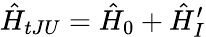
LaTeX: \hat{H}_{tJU}=\hat{H}_{0}+\hat{H}_{I}^{\prime}